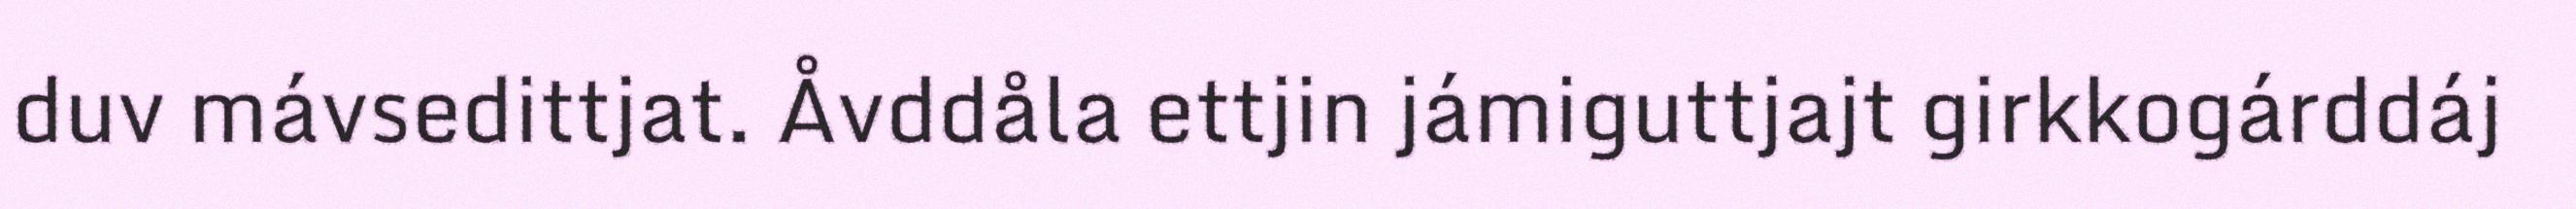
duv mávsedittjat. Åvddåla ettjin jámiguttjajt girkkogárddáj